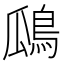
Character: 𪀅